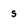
Character: s